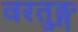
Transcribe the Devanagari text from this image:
वरतुङ्ग